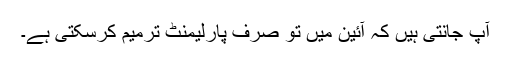
آپ جانتی ہیں کہ آئین میں تو صرف پارلیمنٹ ترمیم کرسکتی ہے۔